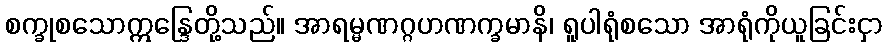
စက္ခုစသောဣန္ဒြေတို့သည်။ အာရမ္မဏဂ္ဂဟဏက္ခမာနိ၊ ရူပါရုံစသော အာရုံကိုယူခြင်းငှာ